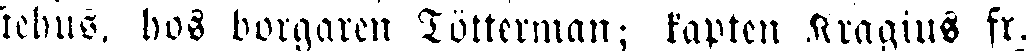
tehus, hos borgaren Tötterman; kapten Kragius fr.